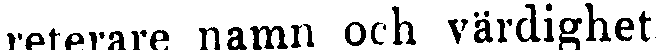
reterare namn och värdighet.